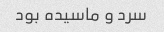
سرد و ماسیده بود